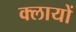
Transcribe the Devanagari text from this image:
क्लायों